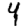
Digit: 4